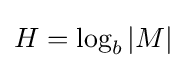
H=\log _{b}|M|\